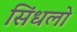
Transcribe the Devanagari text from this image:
सिंधलो